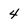
Character: 4